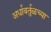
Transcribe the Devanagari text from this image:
अर्धावर्तुळच्या